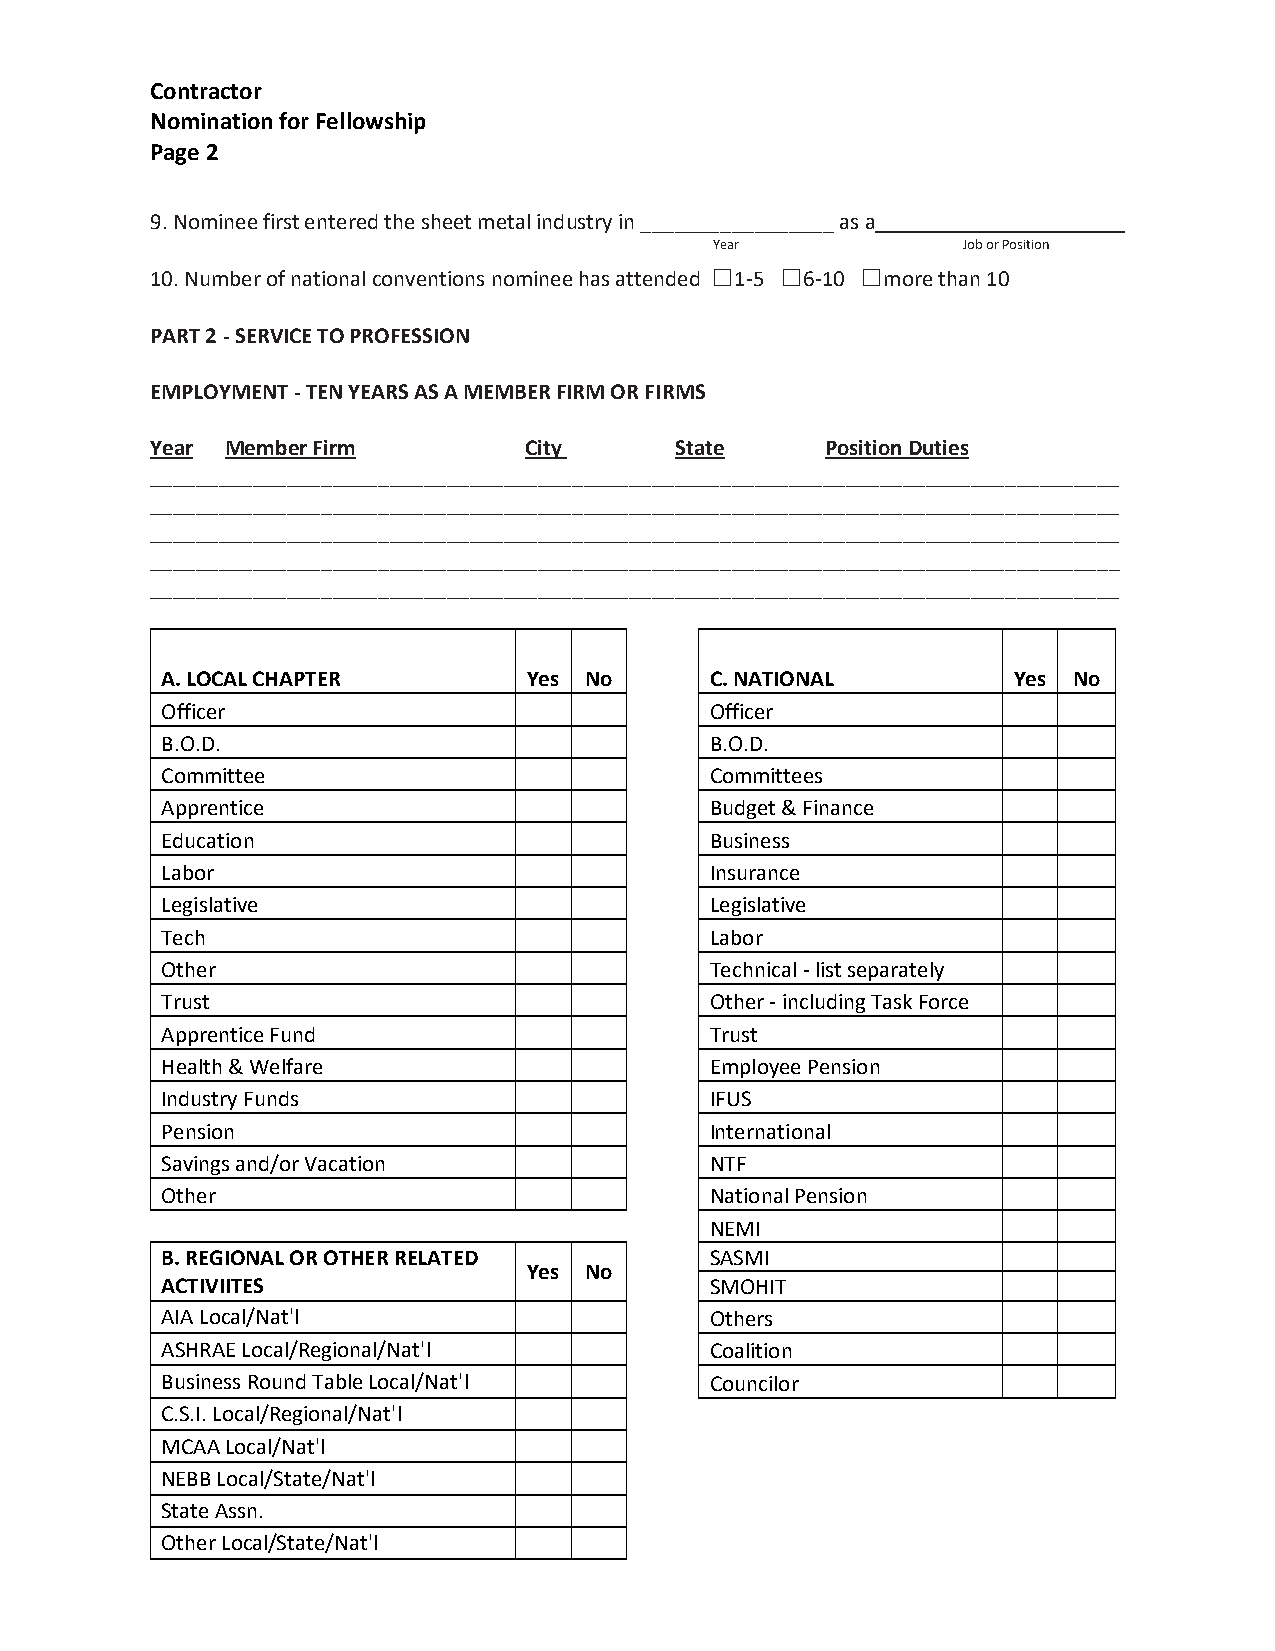
Contractor
 Nomination for Fellowship
 Page 2
 9. Nominee first entered the sheet metal industry in _________________ as a
 Year             Job or Position
 10. Number of national conventions nominee has attended ☐1-5 ☐6-10 ☐more than 10
 PART 2 - SERVICE TO PROFESSION
 EMPLOYMENT - TEN YEARS AS A MEMBER FIRM OR FIRMS
 Year Member Firm         City      State     Position Duties
 _____________________________________________________________________________________
 _____________________________________________________________________________________
 _____________________________________________________________________________________
 _____________________________________________________________________________________
 _____________________________________________________________________________________
 A. LOCAL CHAPTER        Yes No      C. NATIONAL         Yes No
 Officer                             Officer
 B.O.D.                              B.O.D.
 Committee                           Committees
 Apprentice                          Budget & Finance
 Education                           Business
 Labor                               Insurance
 Legislative                         Legislative
 Tech                                Labor
 Other                               Technical - list separately
 Trust                               Other - including Task Force
 Apprentice Fund                     Trust
 Health & Welfare                    Employee Pension
 Industry Funds                      IFUS
 Pension                             International
 Savings and/or Vacation             NTF
 Other                               National Pension
 NEMI
 B. REGIONAL OR OTHER RELATED        SASMI
 Yes No
 ACTIVIITES                          SMOHIT
 AIA Local/Nat'l                     Others
 ASHRAE Local/Regional/Nat'l         Coalition
 Business Round Table Local/Nat'l    Councilor
 C.S.I. Local/Regional/Nat'l
 MCAA Local/Nat'l
 NEBB Local/State/Nat'l
 State Assn.
 Other Local/State/Nat'l